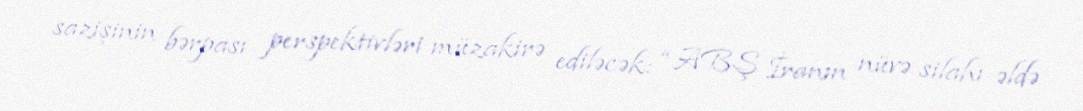
sazişinin bərpası perspektivləri müzakirə ediləcək: “ABŞ İranın nüvə silahı əldə